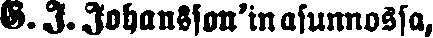
G. J. Johansson'in asunnossa,